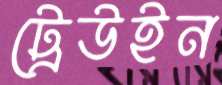
ট্রেউইন